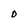
Character: 0